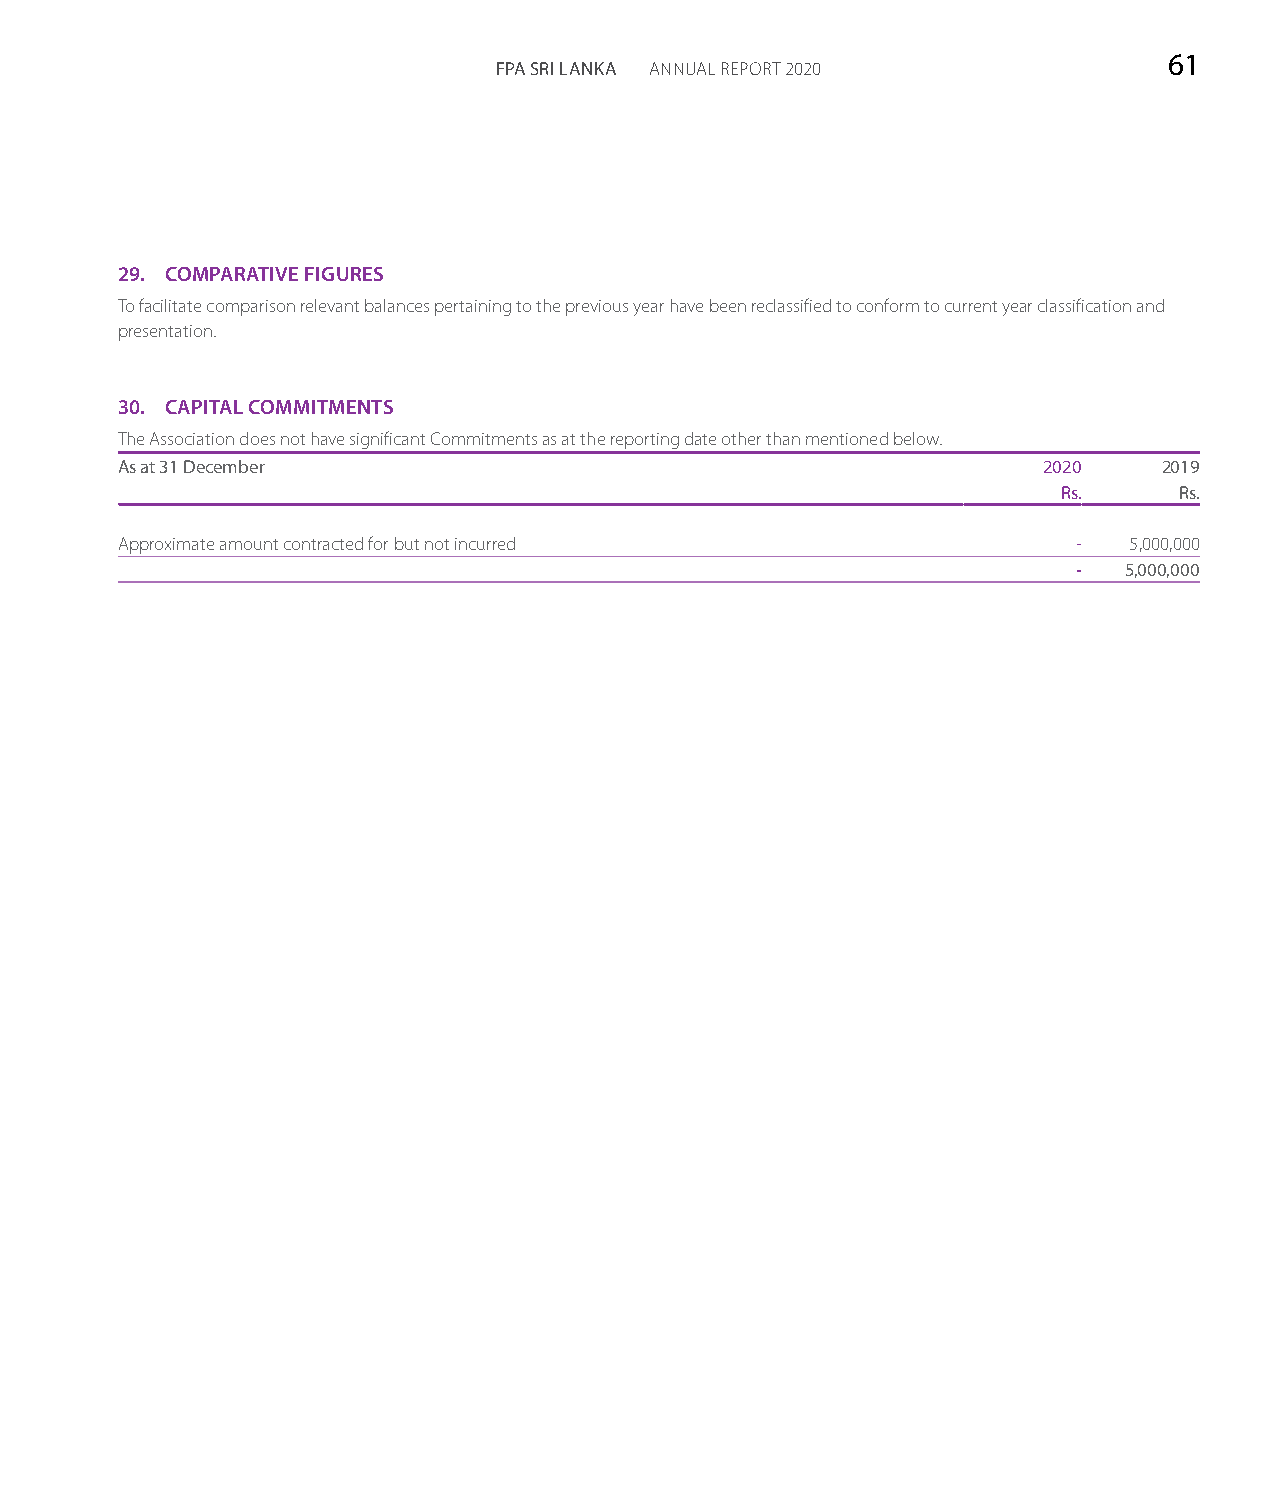
61
 FPA SRI LANKA ANNUAL REPORT 2020
 29. COMPARATIVE FIGURES
 To facilitate comparison relevant balances pertaining to the previous year have been reclassified to conform to current year classification and
 presentation.
 30. CAPITAL COMMITMENTS
 The Association does not have significant Commitments as at the reporting date other than mentioned below.
 As at 31 December                                            2020    2019
 Rs.     Rs.
 Approximate amount contracted for but not incurred             -   5,000,000
 -  5,000,000